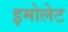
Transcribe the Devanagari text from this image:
इमोलेट